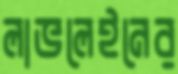
লাভলেইনের